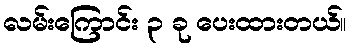
လမ်းကြောင်း ၃ ခု ပေးထားတယ်။